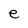
Character: e